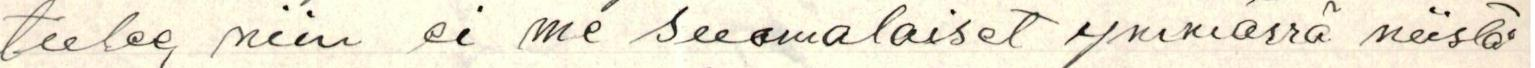
tulee, niin ei me suomalaiset ymmärrä niistä